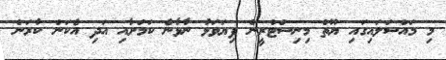
މި މައްސަލައިގައި ޔޫތް މިނިސްޓްރީން ފިޔަވަޅު ނާޅާނެ ކަމަށާއި އަދި އެކަން ކުރަން